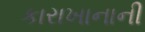
કારાખાનાની